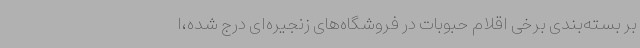
بر بسته‌بندی برخی اقلام حبوبات در فروشگاه‌های زنجیره‌ای درج شده،ا